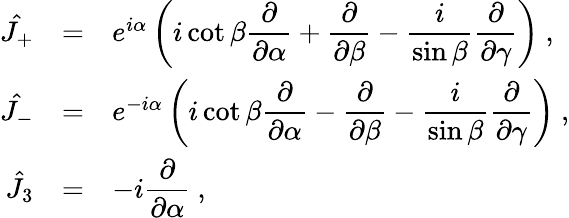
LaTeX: \begin{array}{rcl}{{\hat{J_{+}}}}&{{=}}&{{e^{i\alpha}\left(i\cot\beta\displaystyle\frac{\partial}{\partial\alpha}+\frac{\partial}{\partial\beta}-\frac{i}{\sin\beta}\frac{\partial}{\partial\gamma}\right)~,}}\\ {{\hat{J_{-}}}}&{{=}}&{{e^{-i\alpha}\left(i\cot\beta\displaystyle\frac{\partial}{\partial\alpha}-\frac{\partial}{\partial\beta}-\frac{i}{\sin\beta}\frac{\partial}{\partial\gamma}\right)~,}}\\ {{\hat{J_{3}}}}&{{=}}&{{-i\displaystyle\frac{\partial}{\partial\alpha}~,}}\end{array}